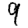
Digit: 9